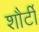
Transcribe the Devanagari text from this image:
शौर्टी